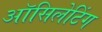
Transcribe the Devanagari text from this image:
ऑसिलेटिंग